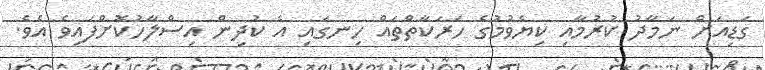
ގަޑިއަށް ނަމާދު ކުރުމާއި ކިޔެވުމުގެ ހަރަކާތްތައް ހިނގައި އެ ކުދިން އިސްލާހުކޮށްފައިވެ އެވެ.